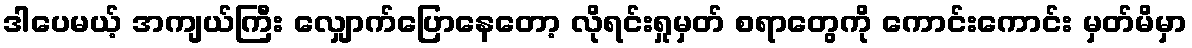
ဒါပေမယ့် အကျယ်ကြီး လျှောက်ပြောနေတော့ လိုရင်းရှုမှတ် စရာတွေကို ကောင်းကောင်း မှတ်မိမှာ